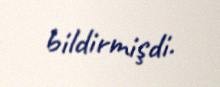
bildirmişdi.